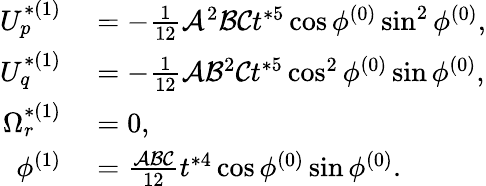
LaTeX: \begin{array}{rl}{U_{p}^{*(1)}}&{{}=-\frac{1}{12}\mathcal{A}^{2}\mathcal{B}\mathcal{C}t^{*5}\cos\phi^{(0)}\sin^{2}\phi^{(0)},}\\ {U_{q}^{*(1)}}&{{}=-\frac{1}{12}\mathcal{A}\mathcal{B}^{2}\mathcal{C}t^{*5}\cos^{2}\phi^{(0)}\sin\phi^{(0)},}\\ {\Omega_{r}^{*(1)}}&{{}=0,}\\ {\phi^{(1)}}&{{}=\frac{\mathcal{A}\mathcal{B}\mathcal{C}}{12}t^{*4}\cos\phi^{(0)}\sin\phi^{(0)}.}\end{array}